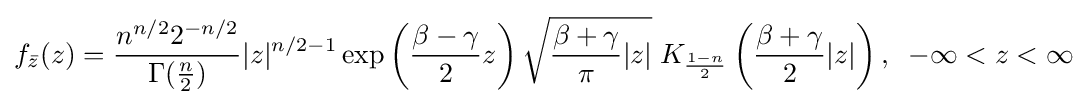
f_{\bar {z}}(z)={\frac {n^{n/2}2^{-n/2}}{\Gamma ({\frac {n}{2}})}}|z|^{n/2-1}\exp \left({\frac {\beta -\gamma }{2}}z\right){\sqrt {{\frac {\beta +\gamma }{\pi }}|z|}}\;K_{\frac {1-n}{2}}\left({\frac {\beta +\gamma }{2}}|z|\right),\;\;-\infty <z<\infty